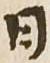
日